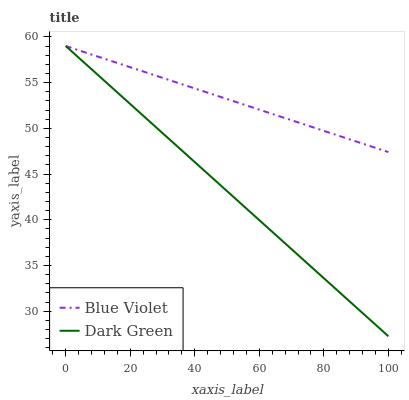
| xaxis_label | Blue Violet | Dark Green |
 | --- | --- | --- |
 | 0 | 59 | 59 |
 | 9.09 | 57.9 | 56.1 |
 | 18.2 | 56.9 | 53.2 |
 | 27.3 | 55.8 | 50.3 |
 | 36.4 | 54.8 | 47.5 |
 | 45.5 | 53.7 | 44.6 |
 | 54.5 | 52.7 | 41.7 |
 | 63.6 | 51.6 | 38.8 |
 | 72.7 | 50.6 | 35.9 |
 | 81.8 | 49.5 | 33 |
 | 90.9 | 48.5 | 30.1 |
 | 100 | 47.4 | 27.3 |